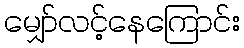
မျှော်လင့်နေကြောင်း